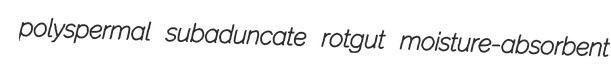
polyspermal subaduncate rotgut moisture-absorbent